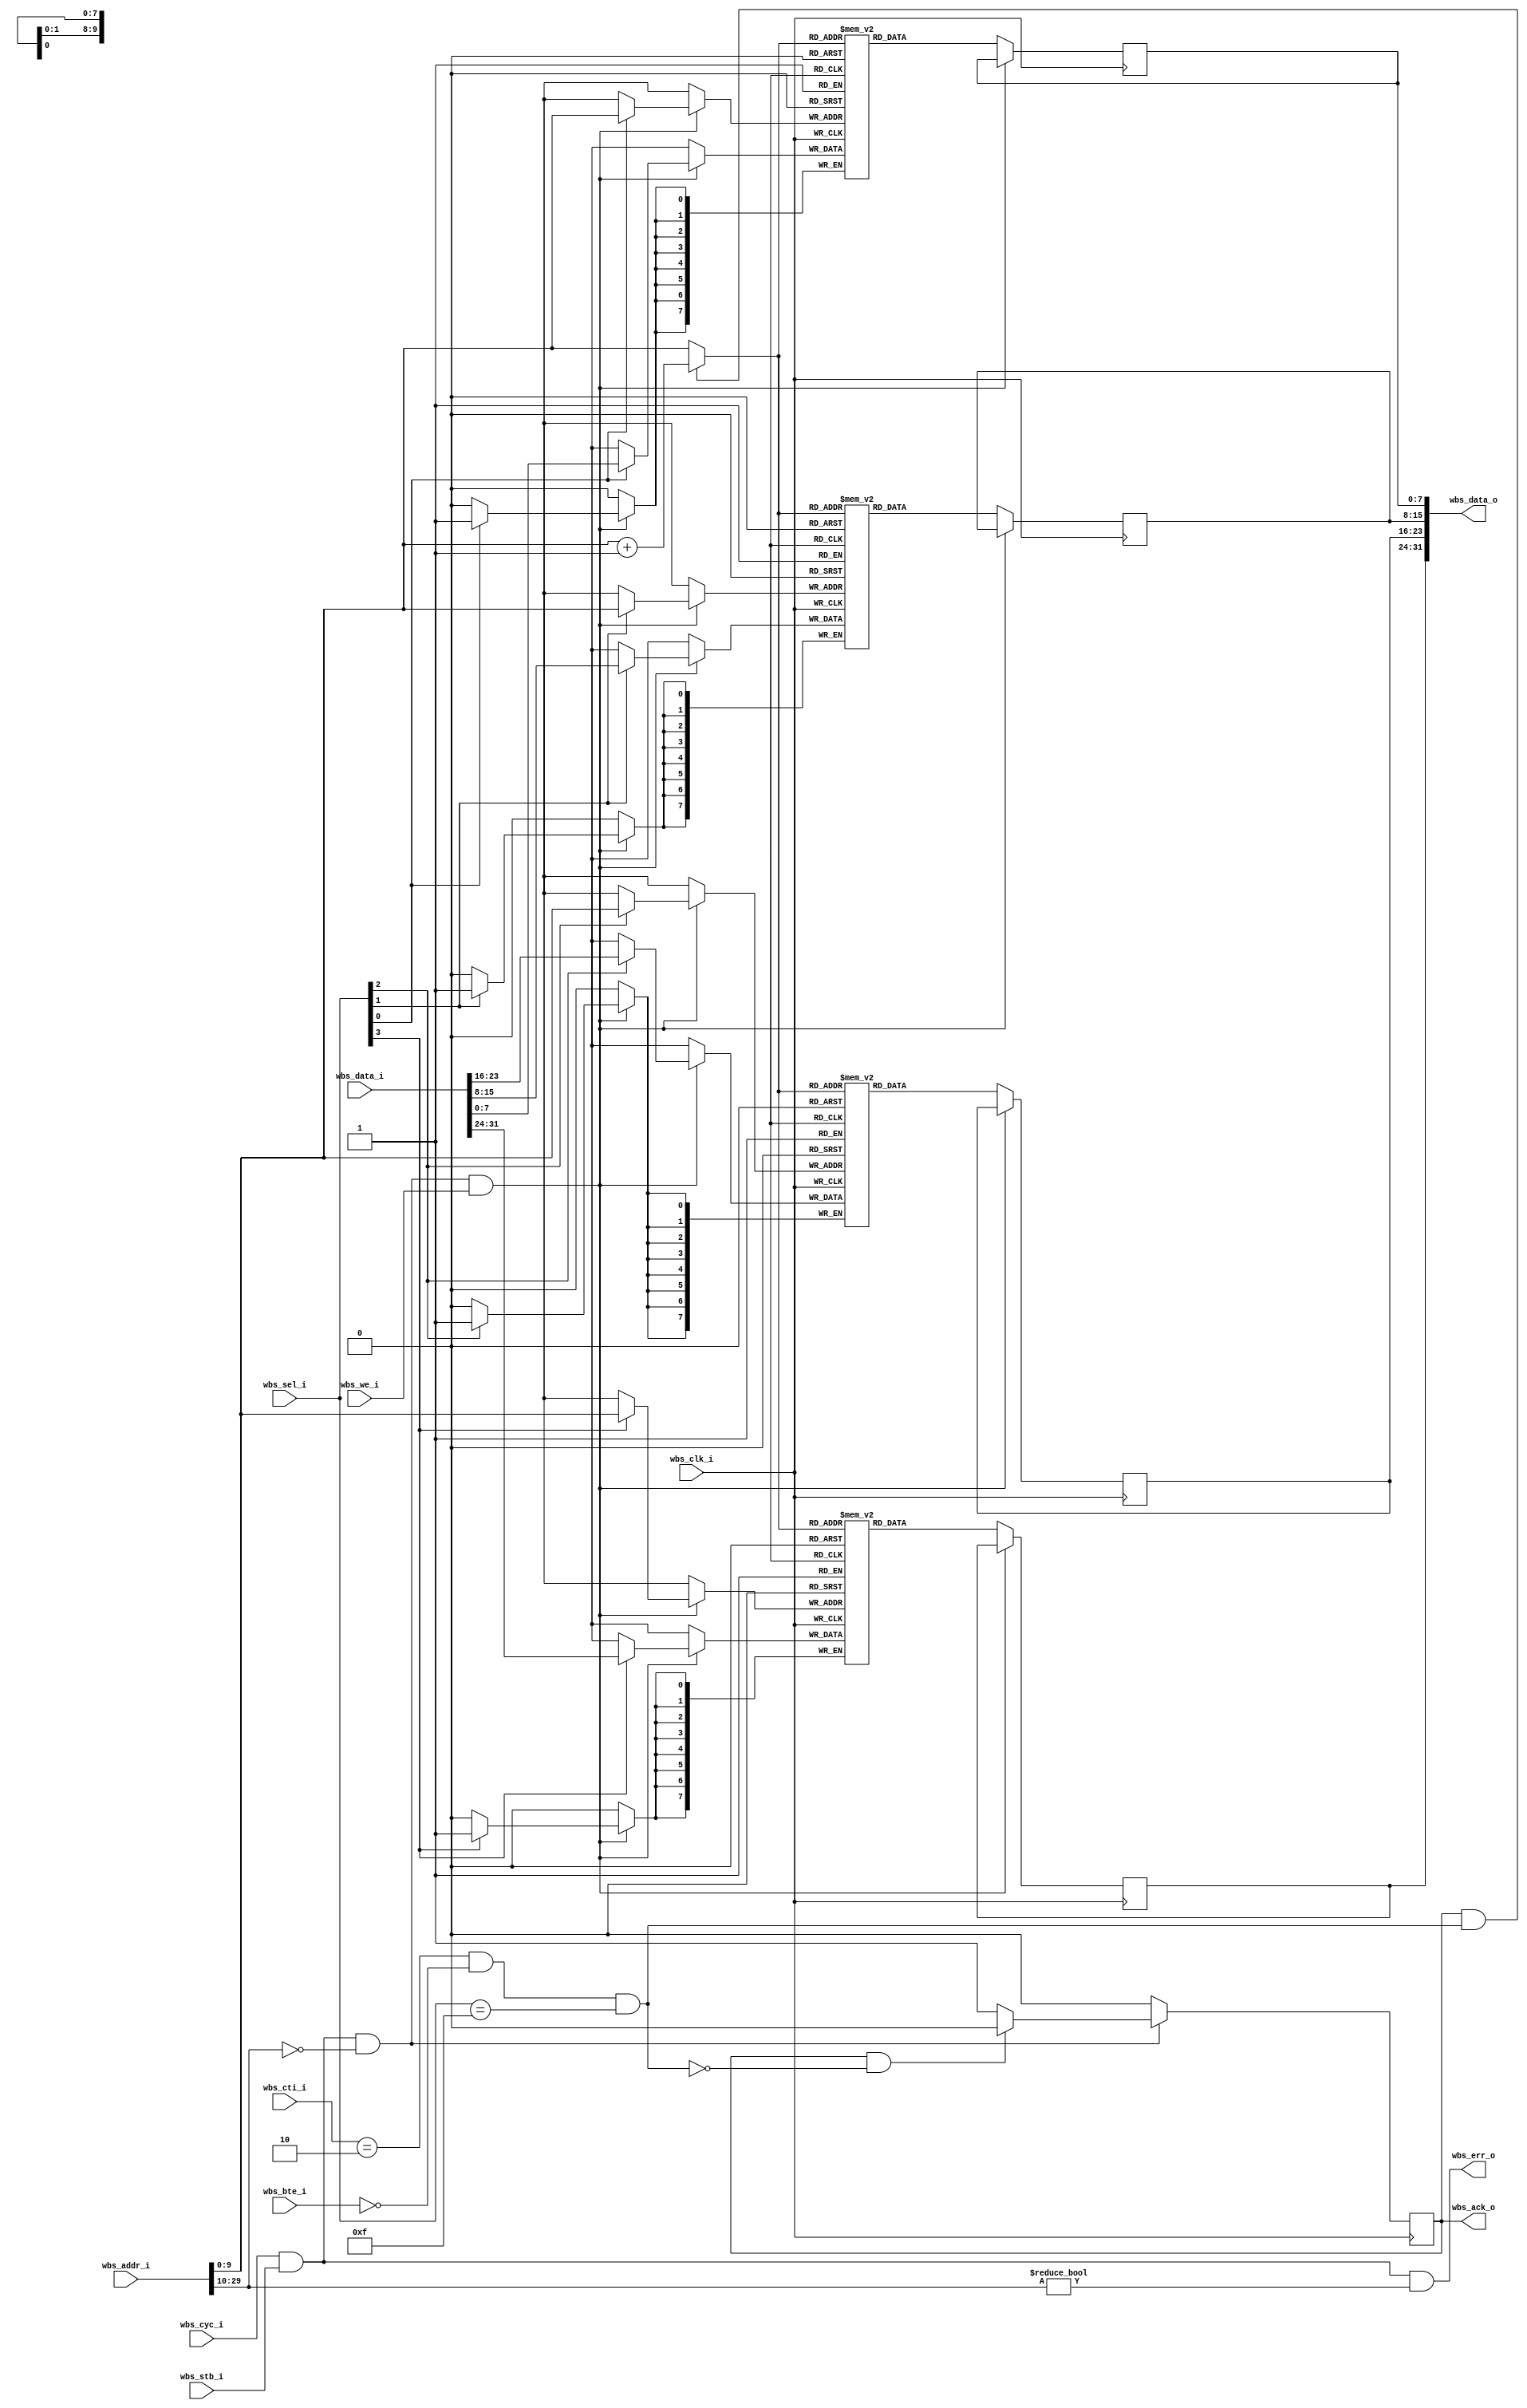
module ram (
	// wishbone slave interfaces
	input wire wbs_clk_i,
	input wire wbs_cyc_i,
	input wire wbs_stb_i,
	input wire [WB_ADDR_BITS-1:2] wbs_addr_i,
	input wire [2:0] wbs_cti_i,
	input wire [1:0] wbs_bte_i,
	input wire [WORD_BYTES-1:0] wbs_sel_i,
	input wire wbs_we_i,
	input wire [WORD_BITS-1:0] wbs_data_i,
	output reg [WORD_BITS-1:0] wbs_data_o,
	output reg wbs_ack_o,
	output wire wbs_err_o
	);
	
	parameter
		ADDR_BITS = 12,  // device address length
		WB_ADDR_BITS = 32,  // wishbone address length
		HIGH_ADDR = 20'h00000,  // high address value, as the address length of wishbone is larger than device
		WORD_BYTES = 4;  // number of bytes per-word
	parameter
		BURST_CTI = 3'b010,
		BURST_BTE = 2'b00;
	localparam
		WORD_BITS = 8 * WORD_BYTES;  // 32
	
	wire [ADDR_BITS-1:2] addr_buf;
	wire wbs_cs, wbs_burst;
	assign
		addr_buf = (wbs_ack_o & wbs_burst) ? wbs_addr_i[ADDR_BITS-1:2] + 1'h1 : wbs_addr_i[ADDR_BITS-1:2],
		wbs_cs = wbs_cyc_i & wbs_stb_i & wbs_addr_i[WORD_BITS-1:ADDR_BITS] == HIGH_ADDR,
		wbs_err_o = wbs_cyc_i & wbs_stb_i & wbs_addr_i[WORD_BITS-1:ADDR_BITS] != HIGH_ADDR,
		wbs_burst = (wbs_cti_i == BURST_CTI) & (wbs_bte_i == BURST_BTE) & (wbs_sel_i == {WORD_BYTES{1'b1}});
	
	genvar i;
	generate for (i=0; i<WORD_BYTES; i=i+1) begin: DATA_CONTENT
		reg [7:0] inner_data [0:(1<<(ADDR_BITS-2))-1];
		always @(posedge wbs_clk_i) begin
			if (wbs_cs && wbs_we_i) begin
				if (wbs_sel_i[i])
					inner_data[wbs_addr_i[ADDR_BITS-1:2]] <= wbs_data_i[8*i+7-:8];
			end
			else begin
				wbs_data_o[8*i+7-:8] <= inner_data[addr_buf];
			end
		end
	end
	endgenerate
	
	always @(posedge wbs_clk_i) begin
		wbs_ack_o <= 0;
		if (wbs_cs) begin
			if (wbs_ack_o && ~wbs_burst)
				wbs_ack_o <= 0;
			else
				wbs_ack_o <= 1;
		end
	end
	
endmodule